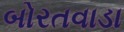
બોરતવાડા